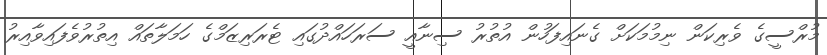
މުރްސީގެ ވެރިކަން ނިމުމަކަށް ގެނައިފަހުން އުތުރު ސިނާއީ ސަރަހައްދުގައި ޓެރަރިޒަމްގެ ހަމަލާތައް އިތުރުވެފައިވާއިރު